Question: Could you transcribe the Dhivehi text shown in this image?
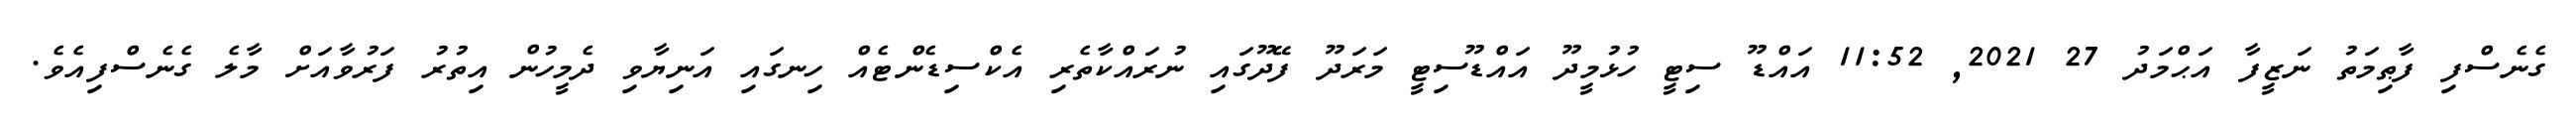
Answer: ގެނެސްފި ފާޠިމަތު ނަޒީފާ އަޙްމަދު 27 2021, 11:52 އައްޑޫ ސިޓީ ހުޅުމީދޫ އައްޑޫސިޓީ މަރަދޫ ފޭދޫގައި ނުރައްކާތެރި އެކްސިޑެންޓެއް ހިނގައި އަނިޔާވި ދެމީހުން އިތުރު ފަރުވާއަށް މާލެ ގެނެސްފިއެވެ.